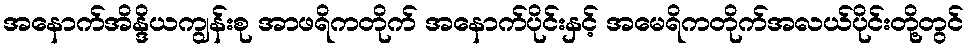
အနောက်အိန္ဒိယကျွန်းစု အာဖရိကတိုက် အနောက်ပိုင်းနှင့် အမေရိကတိုက်အလယ်ပိုင်းတို့တွင်